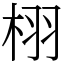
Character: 栩